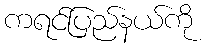
ကရင်ပြည်နယ်ကို